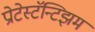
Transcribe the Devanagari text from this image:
प्रोटेस्टॅन्टिझम